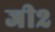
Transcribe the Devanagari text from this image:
जी२